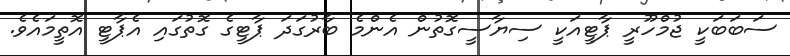
ސަބަބަކީ ޖުމްހޫރީ ޕާޓީއަކީ ސިޔާސީގޮތުން އެންމެ ބާރުގަދަ ޕާޓީގެ ގޮތުގައި އެޕާޓީ އޮތީމައެވެ.